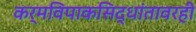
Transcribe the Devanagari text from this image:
कर्मविपाकसिद्धांतावरही